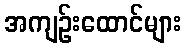
အကျဉ်းထောင်များ